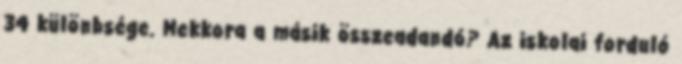
34 különbsége. Mekkora a másik összeadandó? Az iskolai forduló